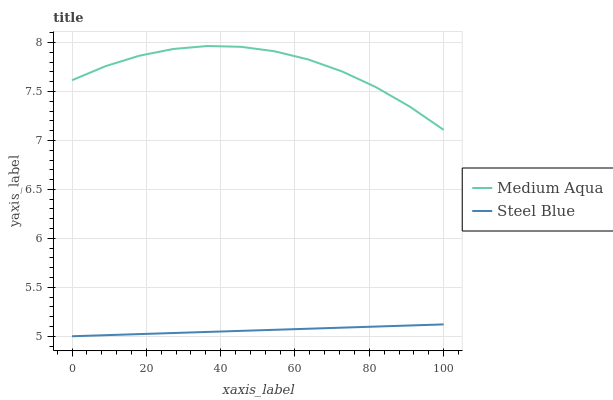
| xaxis_label | Medium Aqua | Steel Blue |
 | --- | --- | --- |
 | 0 | 7.62 | 5 |
 | 9.09 | 7.76 | 5.01 |
 | 18.2 | 7.87 | 5.02 |
 | 27.3 | 7.93 | 5.03 |
 | 36.4 | 7.96 | 5.04 |
 | 45.5 | 7.96 | 5.05 |
 | 54.5 | 7.91 | 5.07 |
 | 63.6 | 7.83 | 5.08 |
 | 72.7 | 7.7 | 5.09 |
 | 81.8 | 7.54 | 5.1 |
 | 90.9 | 7.35 | 5.11 |
 | 100 | 7.11 | 5.12 |